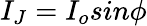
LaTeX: I_{J}=I_{o}sin\phi